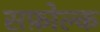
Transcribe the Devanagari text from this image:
सफ़ोल्क